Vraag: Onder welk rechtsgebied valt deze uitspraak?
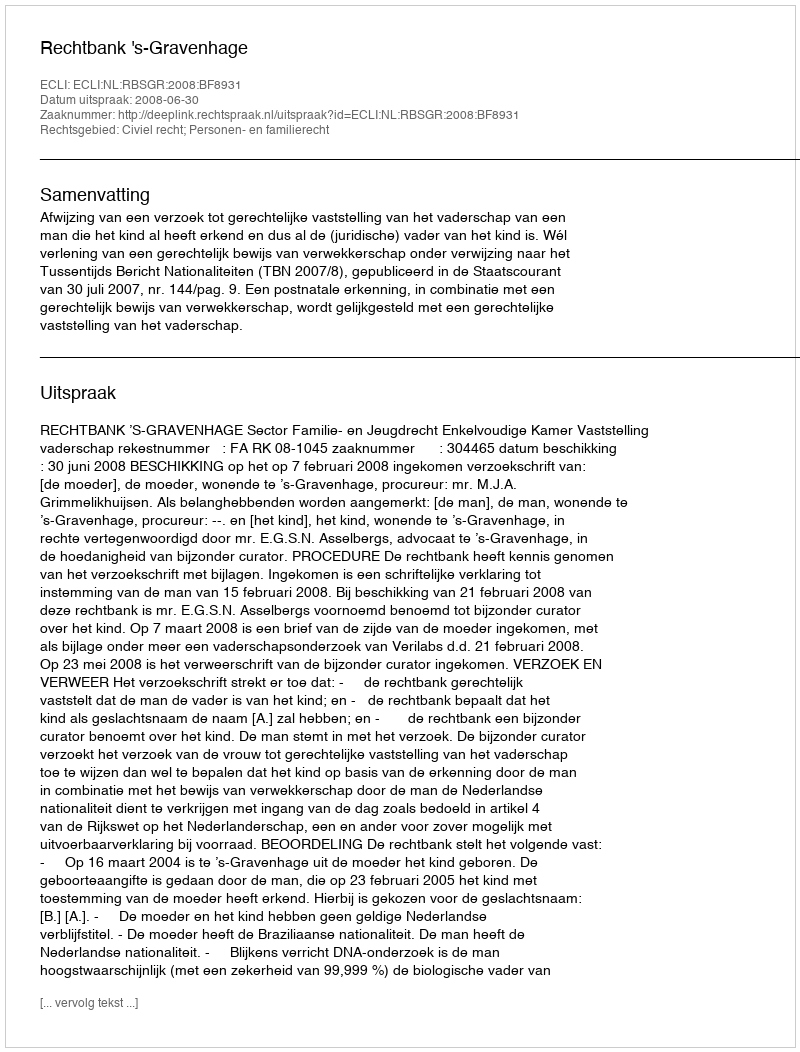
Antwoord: Civiel recht; Personen- en familierecht